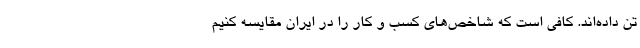
تن داده‌اند. کافی است که شاخص‌های کسب و کار را در ایران مقایسه کنیم